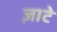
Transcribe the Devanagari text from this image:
ज़ाटे